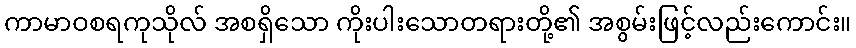
ကာမာဝစရကုသိုလ် အစရှိသော ကိုးပါးသောတရားတို့၏ အစွမ်းဖြင့်လည်းကောင်း။